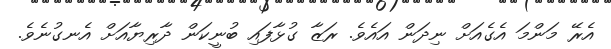
އެރޭ މަންމަ އެގެއަށް ނިދަން އައެވެ. ރަޒާ ގުޅާފައި ބުނީކަން ދާރިޔާއަށް އެނގުނެވެ.